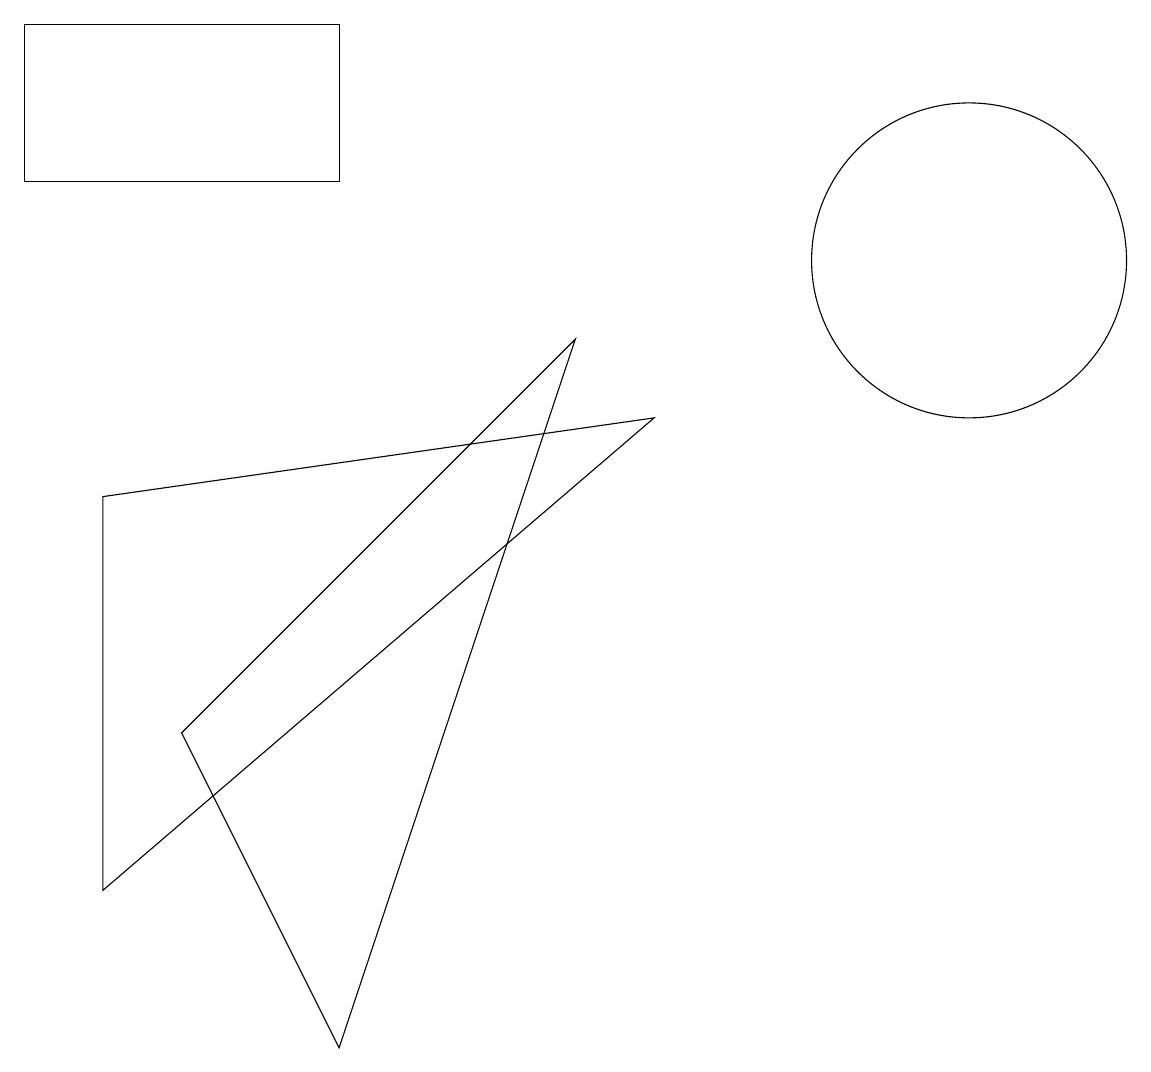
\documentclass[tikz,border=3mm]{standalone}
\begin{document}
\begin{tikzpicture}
\draw (4,11) rectangle (0,13);
\draw (1,7) -- (8,8) -- (1,2) -- cycle;
\draw (2,4) -- (4,0) -- (7,9) -- cycle;
\draw (12,10) circle (2);
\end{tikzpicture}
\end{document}